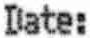
DATE: